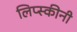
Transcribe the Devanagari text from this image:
लिप्स्कीनी